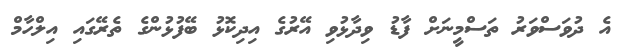
އެ ދުވަސްވަރު ތަސްމީނަށް ފާޑު ވިދާޅުވި އޭރުގެ އިދިކޮޅު ބޭފުޅުންގެ ތެރޭގައި އިލްހާމް